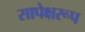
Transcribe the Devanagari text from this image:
सापेक्षरूप